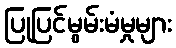
ပြုပြင်မွမ်းမံမှုများ